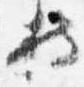
持